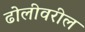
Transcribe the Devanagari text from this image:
ढोलीवरील